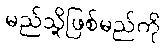
မည်သို့ဖြစ်မည်ကို